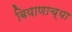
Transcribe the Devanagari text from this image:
बियाणाच्या